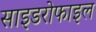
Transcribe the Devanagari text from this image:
साइडरोफाइल